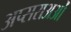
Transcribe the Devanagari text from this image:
अप्सराअओं